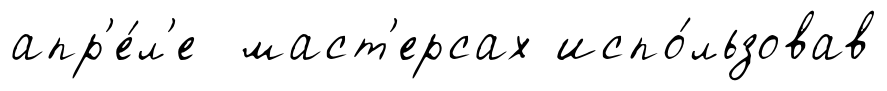
апр'е́л'е маст'ерсах испо́льзовав